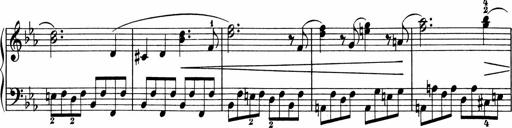
Title: 5 Sonatinen fÃ¼r die Jugend
Composer: Carl Reinecke